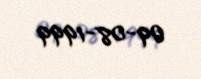
09-08-1999